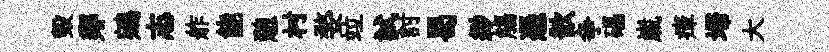
毀鄰鵷志舴能憩村婺竝試討曷緲觴憑歆争礧𡻕瘴埽大